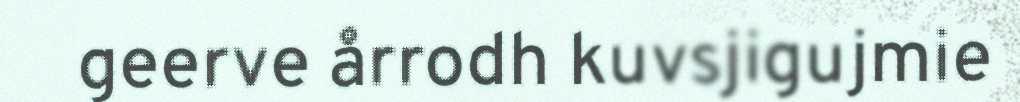
geerve årrodh kuvsjigujmie